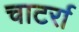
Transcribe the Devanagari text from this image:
चाटर्रा